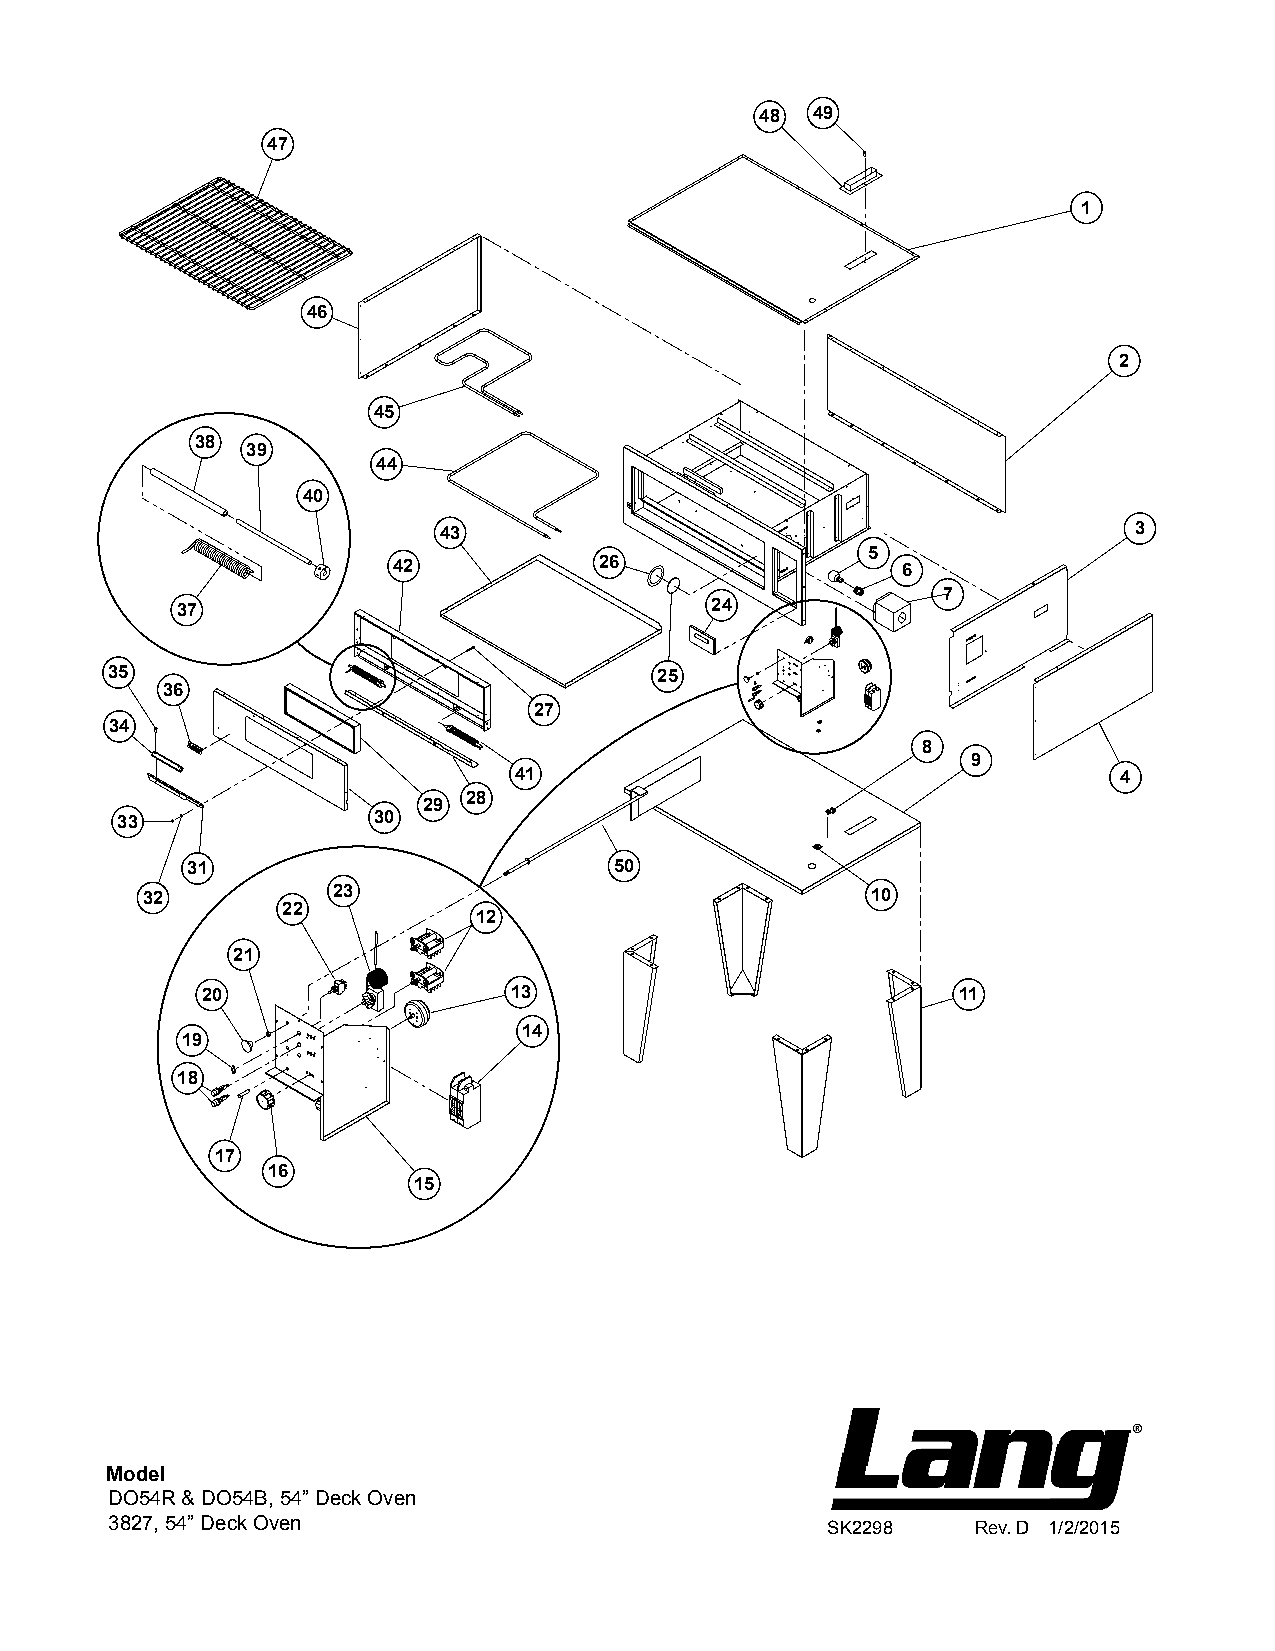
48  49
 47
 1
 46
 2
 45
 38
 39
 44
 40
 43                                            3
 5
 42            26                  6
 7
 37                                 24
 35                                   25
 36
 27
 34
 8
 9
 41                                      4
 28
 29
 33               30
 31                           50
 32           23                                  10
 22
 12
 21
 20                   13                           11
 14
 19
 18
 17
 16
 15
 Model
 DO54R & DO54B, 54” Deck Oven
 3827, 54” Deck Oven                             SK2298    Rev. D 1/2/2015